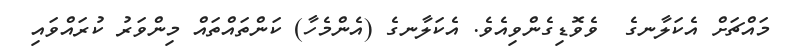
މައްޗަށް އެކަލާނގެ  ވެވޮޑިގެންވިއެވެ. އެކަލާނގެ (އެންމެހާ) ކަންތައްތައް މިންވަރު ކުރައްވައި